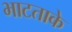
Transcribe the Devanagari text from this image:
भाटताके